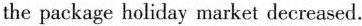
the packege holiday market decreased.